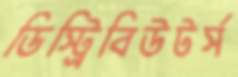
ডিস্ট্রিবিউটর্স